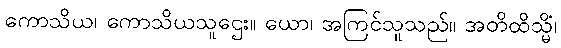
ကောသိယ၊ ကောသိယသူဌေး။ ယော၊ အကြင်သူသည်။ အတိထိသ္မိံ၊